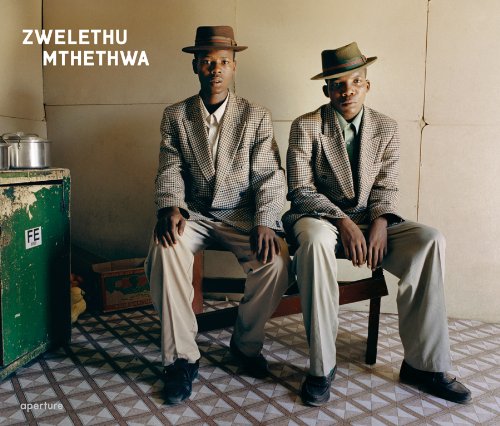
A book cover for Zwelethu Mthethwa; Isolde Brielmaier; Travel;